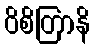
ဝိစိတြာနိ